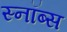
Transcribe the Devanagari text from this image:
स्नॉब्स